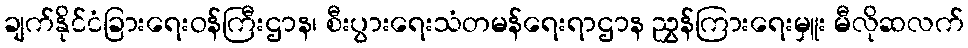
ချက်နိုင်ငံခြားရေးဝန်ကြီးဌာန၊ စီးပွားရေးသံတမန်ရေးရာဌာန ညွှန်ကြားရေးမှူး မီလိုဆလက်